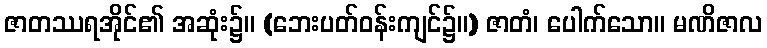
ဇာတဿရအိုင်၏ အဆုံး၌။ (ဘေးပတ်ဝန်းကျင်၌။) ဇာတံ၊ ပေါက်သော။ မဏိဇာလ